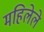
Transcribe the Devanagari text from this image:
महिलेले